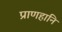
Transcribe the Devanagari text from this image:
प्राणहानि